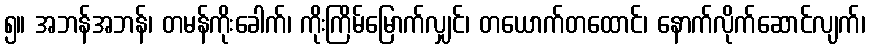
၅။ အဘန်အဘန်၊ တမန်ကိုးခေါက်၊ ကိုးကြိမ်မြောက်လျှင်၊ တယောက်တထောင်၊ နောက်လိုက်ဆောင်လျက်၊